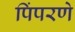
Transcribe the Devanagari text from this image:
पिंपरणे